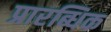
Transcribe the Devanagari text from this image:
प्रारब्धिक